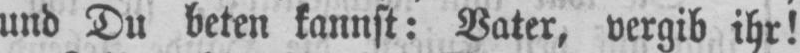
und Du beten kannst: Vater, vergib ihr!